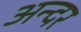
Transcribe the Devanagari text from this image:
अन्दर